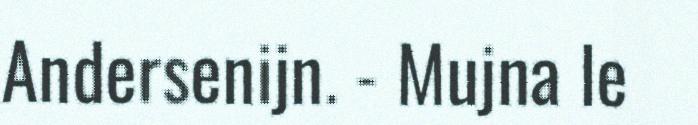
Andersenijn. - Mujna le